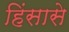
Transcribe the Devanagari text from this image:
हिंसासे